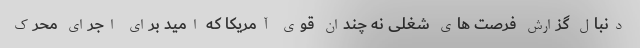
دنبال گزارش فرصت های شغلی نه چندان قوی آمریکا که امید برای اجرای محرک